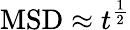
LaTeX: \mathrm{MSD}\approx t^{\frac{1}{2}}